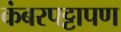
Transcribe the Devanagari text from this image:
कंबरपट्टापण